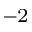
^ { - 2 }